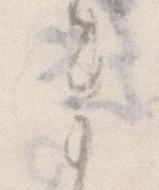
ま